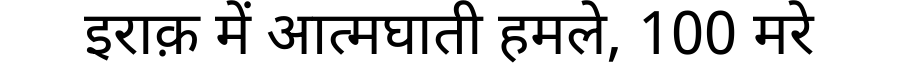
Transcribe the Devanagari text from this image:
इराक़ में आत्मघाती हमले, 100 मरे